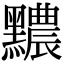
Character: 𪒬